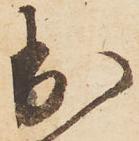
出